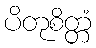
ပိတုစိတ္တံ